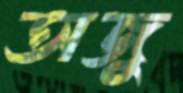
অজু